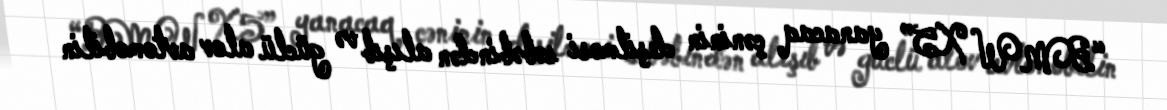
“BMW X5” yanacaq çəninin deşilməsi səbəbindən alışıb və güclü alov avtomobilin